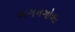
અગનગોળા